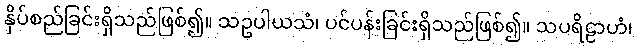
နှိပ်စည်ခြင်းရှိသည်ဖြစ်၍။ သဥပါယသံ၊ ပင်ပန်းခြင်းရှိသည်ဖြစ်၍။ သပရိဠာဟံ၊